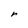
Character: r